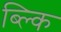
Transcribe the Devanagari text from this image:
ब्ल्कि